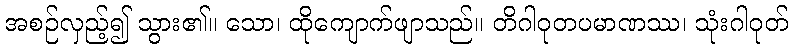
အစဉ်လှည့်၍ သွား၏။ သော၊ ထိုကျောက်ဖျာသည်။ တိဂါဝုတပမာဏဿ၊ သုံးဂါဝုတ်